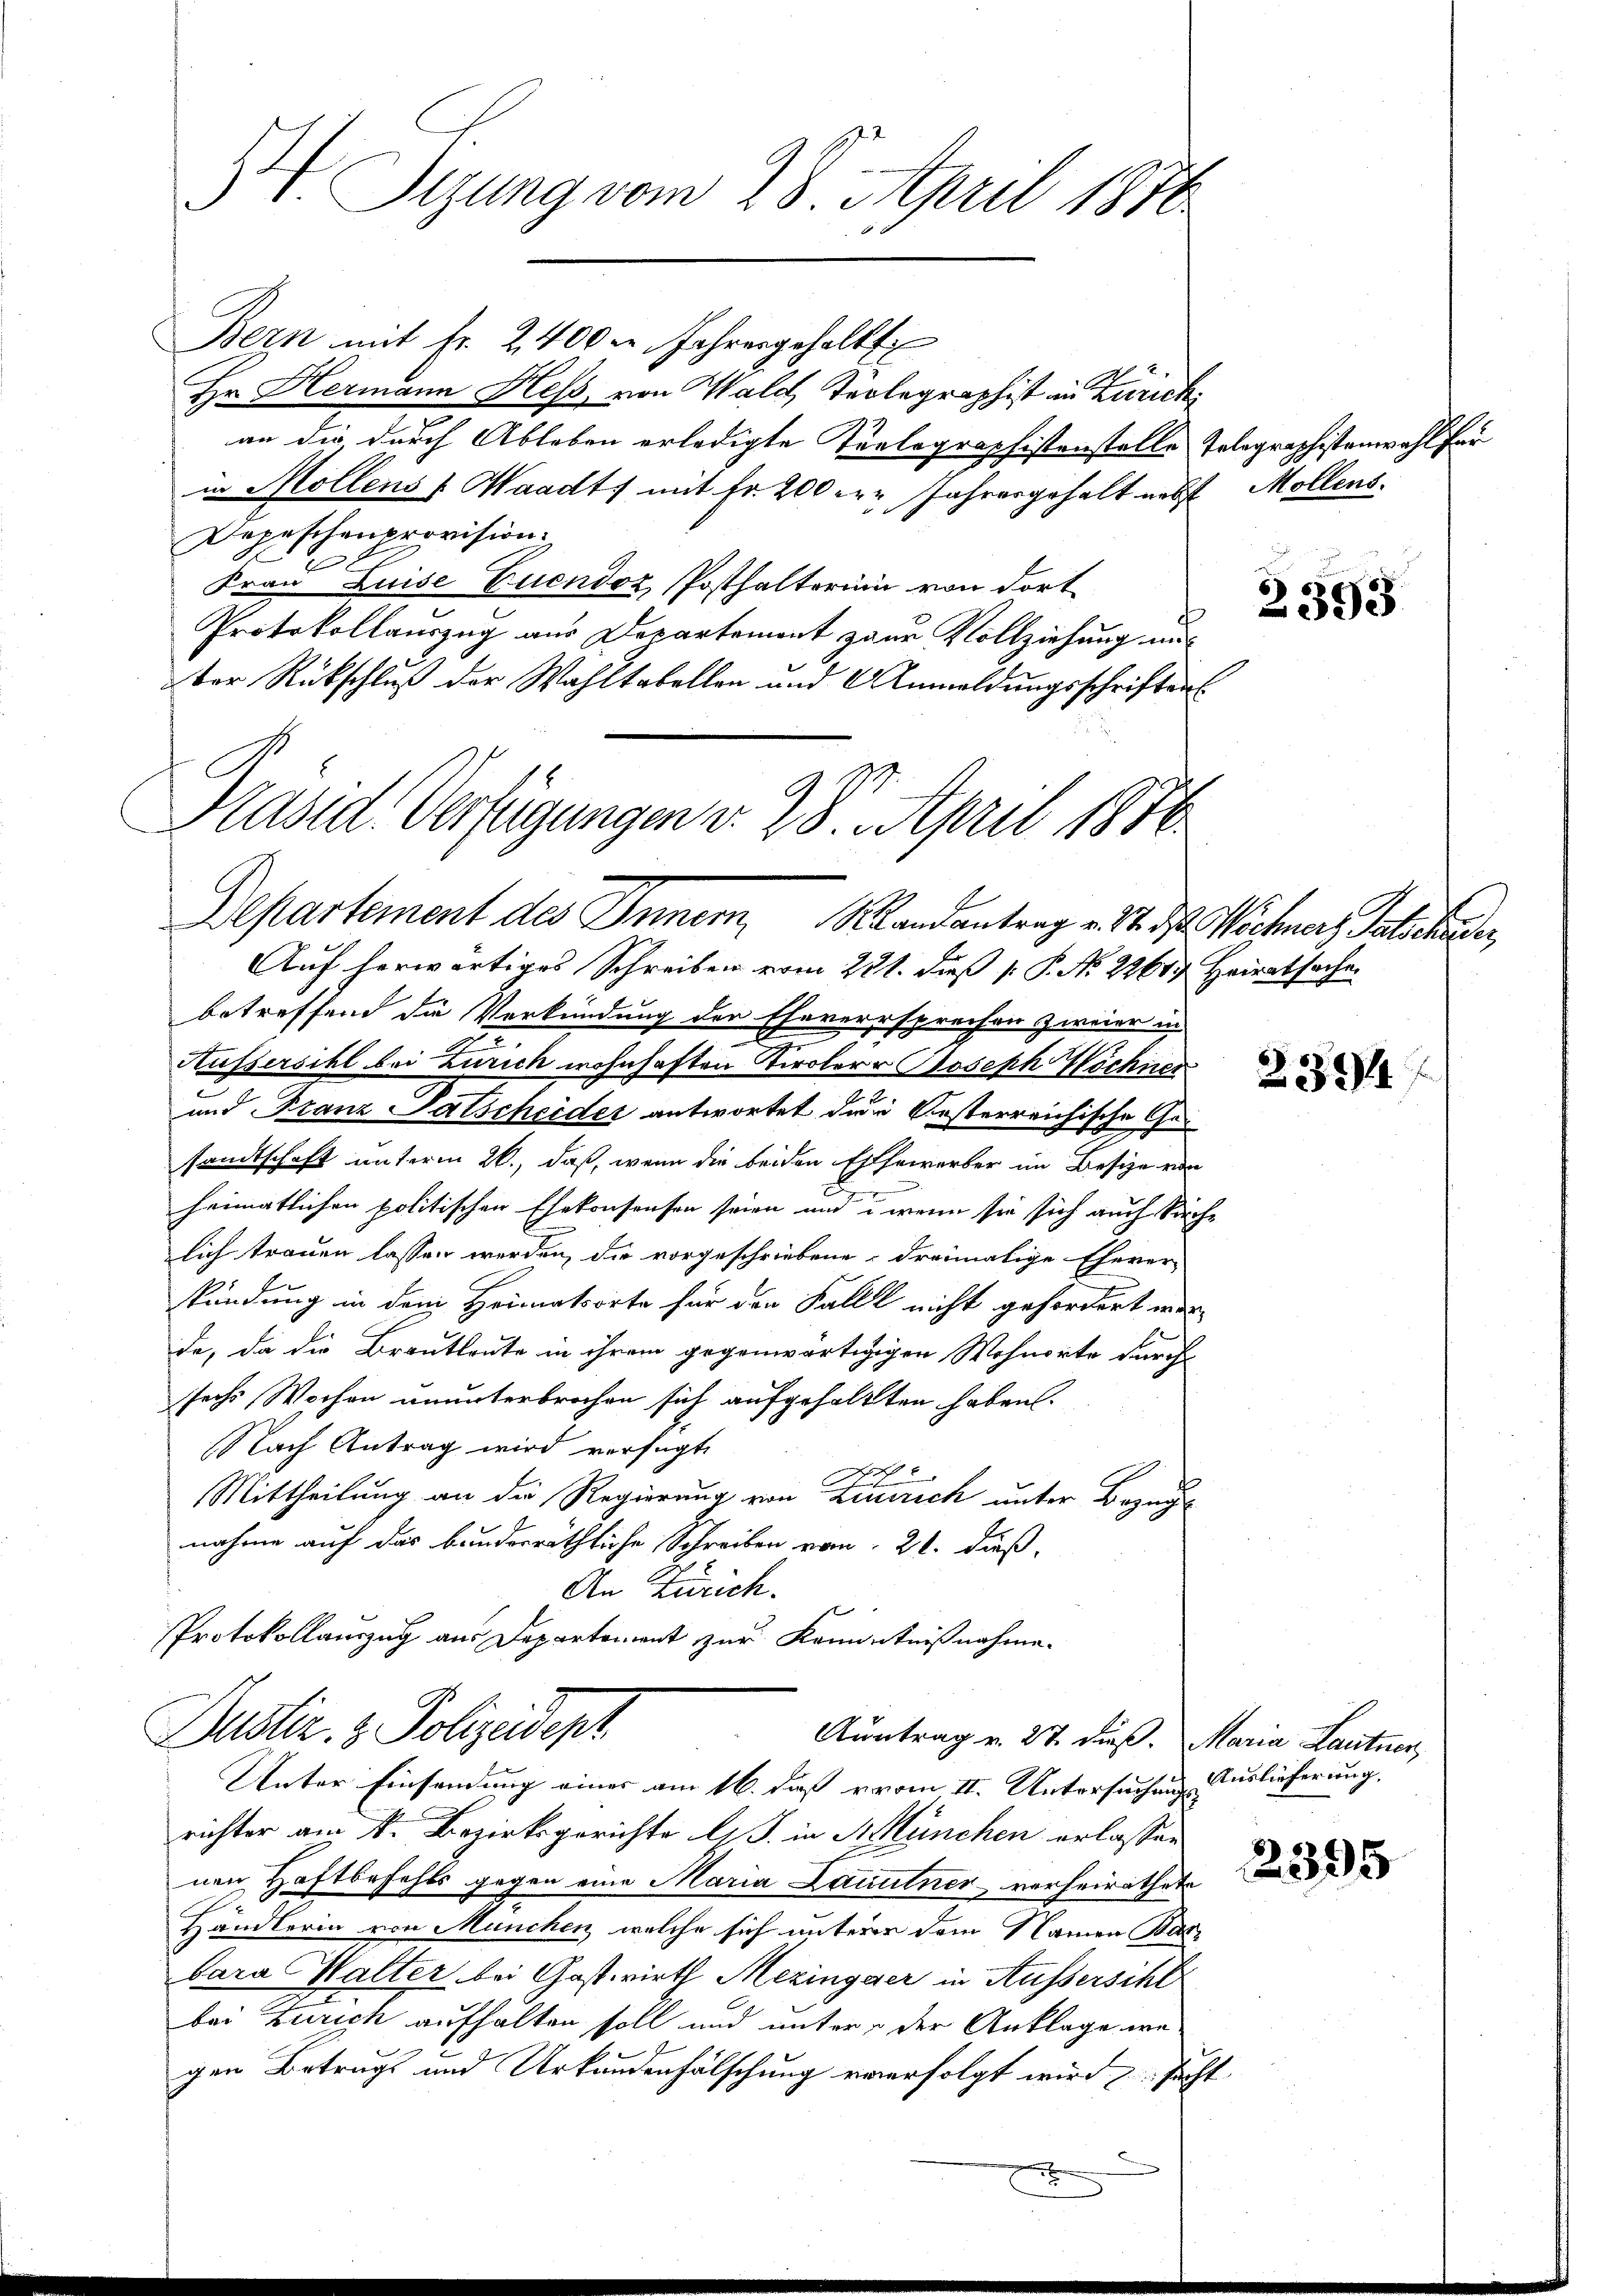
Bern mit fr. 2400 l. Jahresgehalt
Hr. Hermann Hess, von Wald, Telegraphist in Zürich
an die durch Ableben erledigte Teelographistenstelle Tolographistenwahl für
in Mollens (Waadt mit Fr. 200 r. Jahresgehalt nebst Mollens
Depeschenprovision
Frau Luise Euendoz Posthalterini von dort
Protokollauszug aus Departement zur Vollziehung aus
Der Rückschluß der Wahltabellen und Anmeldungsschriften

Syung vom 28. April 1876.

Präsid. Verfügungen v. 28. April 1876.
Departement des Inner Landantrag v. 24. d. Wichner, Patschaden,

Auf herwärtiges Schreiben vom 221. dieß 1. P. No. 22617. Heiratsache
betreffend die Verkündung der Eheversprechen zweier in
Aussersihl bei Zürich wohnhaften Tirolerr Joseph Wöchner
und Franz Patscheider antwortet dein besterreichische Gesandtschaft unterm 26., daß, wenn die beiden Effewerber im Besize von
heimatlichen politischen Ehekonsensen seien und wenn sie sich auch Kirchlich trauen lassen werden, die vorgeschriebene dreimalige Ehever-
kündung in dem Heimatsorte für den Falle nicht gefordert wer-
de, da die Brautleute in ihrem gegenwärtigigen Wohnorte durch
sechs Wochen ununterbrochen sich aufgehaltten haben.
Nach Antrag wird verfügt,
Mittheilung an die Regierung von Einrich unter Bezeig
nahme auf das bunderräthliche Schreiben vom 21. dieß,
An Zürich.
Protokollauszug aus Departement zur Kenntnißnahme.

Dustiz- & Polizeidept
Auntrag v. 27. dieß. Maria Lantner,
Unter Einsendung eines am 16. daß vom II. Untersuchung Auslieferung.

richter am 1. Bezirksgerichte l. J. in St. München erlassen
nen Haftbefehls gegen eine Maria Lauutner verheirathete
Händlerin von München, welche sich unterer dem Namen Basbara Walter bei Gastwirth Mezingger in Aussersihl
bei Zürich aufhalten soll und unter der Anklage wegen Betrugs und Urkundenhälschung verfolgt wird such¬

b
.

2

2393

2334

2395